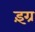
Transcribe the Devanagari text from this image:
इंग्र